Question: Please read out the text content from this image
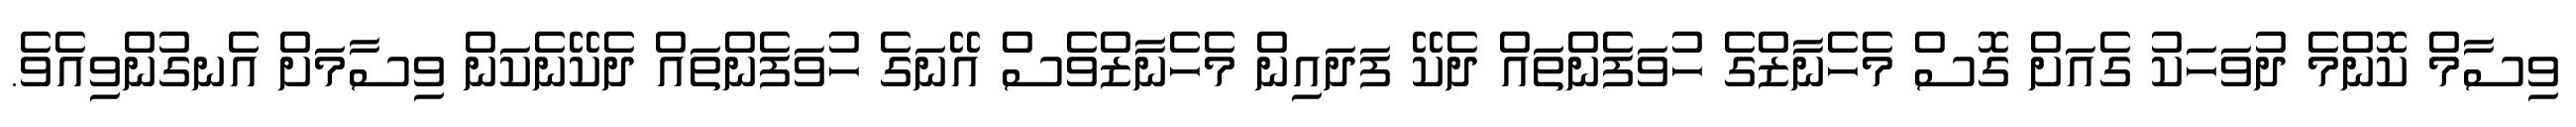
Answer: ވިސާމް ކޮންމެ ދުވަހަކު ގެއަށް ގޮސް މެހެނާޒްގެ ހުވަފެންތައް ދެކޭ ފަދައިން މެހެނާޒްވެސް އޭނަގެ ހުވަފެންތައް ދެކޭނެކަން ވިސާމަށް އެނގުންވިއެވެ.